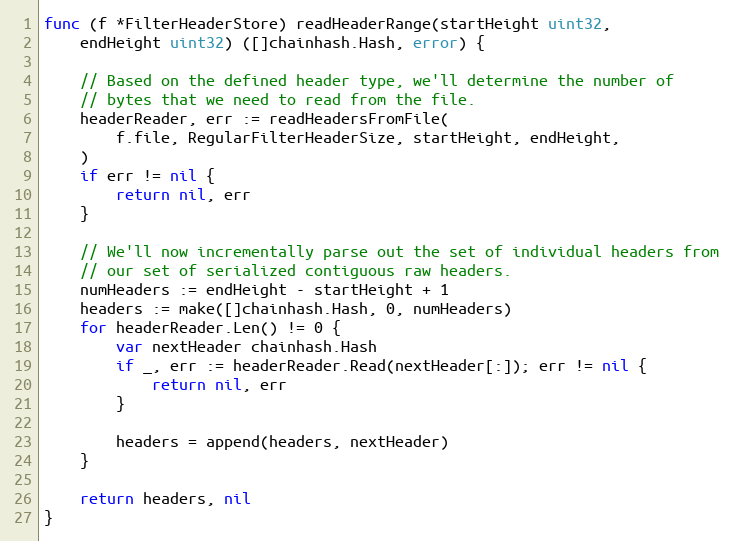
Language: Go
func (f *FilterHeaderStore) readHeaderRange(startHeight uint32,
	endHeight uint32) ([]chainhash.Hash, error) {

	// Based on the defined header type, we'll determine the number of
	// bytes that we need to read from the file.
	headerReader, err := readHeadersFromFile(
		f.file, RegularFilterHeaderSize, startHeight, endHeight,
	)
	if err != nil {
		return nil, err
	}

	// We'll now incrementally parse out the set of individual headers from
	// our set of serialized contiguous raw headers.
	numHeaders := endHeight - startHeight + 1
	headers := make([]chainhash.Hash, 0, numHeaders)
	for headerReader.Len() != 0 {
		var nextHeader chainhash.Hash
		if _, err := headerReader.Read(nextHeader[:]); err != nil {
			return nil, err
		}

		headers = append(headers, nextHeader)
	}

	return headers, nil
}